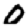
Digit: 0